Report on vaccination in the Province of Bengal - 1874-1889
Year: 1874
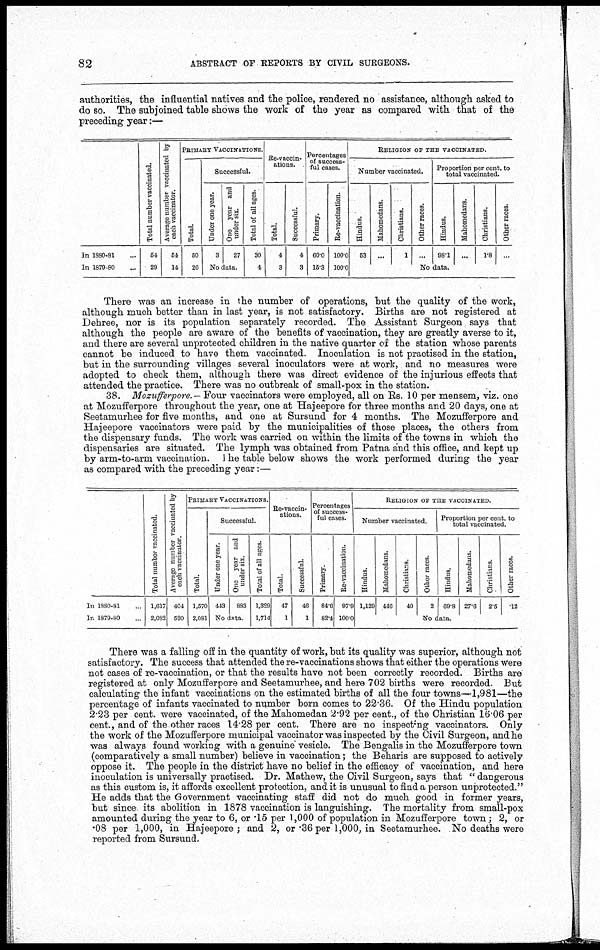
82
ABSTRACT OF REPORTS BY CIVIL SURGEONS.
authorities, the influential natives and the police, rendered no assistance, although asked to
do so. The subjoined table shows the work of the year as compared with that of the
preceding year:—
In 1880-81...
In 1870-80...
Total number vaccinated.
54
29
Average number vaccinated by
each vaccinator.
54
14
PRIMARY VACCINATIONS.
Total.
50
26
Successful.
Under one year.
3
One year and
under six.
27
No data.
Total of all ages.
30
4
Re-vaccin-
ations.
Total.
4
3
Successful.
4
3
Percentages
of success-
ful cases.
Primary.
60.0
15.3
Re-vaccination.
100.0
100.0
RELIGION OF THE VACCINATED.
Number vaccinated.
Hindus.
53
Mahomedans.
...
Christians.
1
Other races.
...
Proportion per cent. to
total vaccinated.
Hindus.
98.1
Mahomedans.
...
Christians.
1.8
Other races.
...
No data.
There was an increase in the number of operations, but the quality of the work,
although much better than in last year, is not satisfactory. Births are not registered at
Dehree, nor is its population separately recorded. The Assistant Surgeon says that
although the people are aware of the benefits of vaccination, they are greatly averse to it,
and there are several unprotected children in the native quarter of the station whose parents
cannot be induced to have them vaccinated. Inoculation is not practised in the station,
but in the surrounding villages several inoculators were at work, and no measures were
adopted to check them, although there was direct evidence of the injurious effects that
attended the practice. There was no outbreak of small-pox in the station.
38. Mozufferpore. — Four vaccinators were employed, all on Rs. 10 per mensem, viz. one
at Mozufferpore throughout the year, one at Hajeepore for three months and 20 days, one at
Seetamurhee for five months, and one at Sursund for 4 months. The Mozufferpore and
Hajeepore vaccinators were paid by the municipalities of those places, the others from
the dispensary funds. The work was carried on within the limits of the towns in which the
dispensaries are situated. The lymph was obtained from Patna and this office, and kept up
by arm-to-arm vaccination. The table below shows the work performed during the year
as compared with the preceding year:—
In 1880-81...
In 1879-80...
Total number vaccinated.
1,617
2,082
Average number vaccinated by
each vaccinator.
404
520
PRIMARY VACCINATIONS.
Total.
1,570
2,081
Successful.
Under one year.
443
One year and
under six.
883
No data.
Total of all ages.
1,329
1,714
Re-vaccin-
ations.
Total.
47
1
Successful.
46
1
Percentages
of success-
ful cases.
Primary.
84.6
82.4
Re-vaccination.
97.9
100.0
RELIGION OF THE VACCINATED.
Number vaccinated.
Hindus.
1,129
Mahomedans.
446
Christians.
40
Other races.
2
Proportion per cent. to
total vaccinated.
Hindus.
69.8
Mahomedans.
27.6
Christians.
2.5
Other races.
. 12
No data.
There was a falling off in the quantity of work, but its quality was superior, although not
satisfactory. The success that attended the re-vaccinations shows that either the operations were
not cases of re-vaccination, or that the results have not been correctly recorded. Births are
registered at only Mozufferpore and Seetamurhee, and here 702 births were recorded. But
calculating the infant vaccinations on the estimated births of all the four towns—1,981—the
percentage of infants vaccinated to number born comes to 22.36. Of the Hindu population
2.23 per cent. were vaccinated, of the Mahomedan 2.92 per cent., of the Christian 16.06 per
cent., and of the other races 14.28 per cent. There are no inspecting vaccinators. Only
the work of the Mozufferpore municipal vaccinator was inspected by the Civil Surgeon, and he
was always found working with a genuine vesicle. The Bengalis in the Mozufferpore town
(comparatively a small number) believe in vaccination; the Beharis are supposed to actively
oppose it. The people in the district have no belief in the efficacy of vaccination, and here
inoculation is universally practised. Dr. Mathew, the Civil Surgeon, says that " dangerous
as this custom is, it affords excellent protection, and it is unusual to find a person unprotected."
He adds that the Government vaccinating staff did not do much good in former years,
but since its abolition in 1878 vaccination is languishing. The mortality from small-pox
amounted during the year to 6, or .15 per 1,000 of population in Mozufferpore town; 2, or
.08 per 1,000, in Hajeepore; and 2, or .36 per 1,000, in Seetamurhee. No deaths were
reported from Sursund.